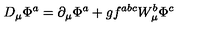
D _ { \mu } \Phi ^ { a } = \partial _ { \mu } \Phi ^ { a } + g f ^ { a b c } W _ { \mu } ^ { b } \Phi ^ { c }